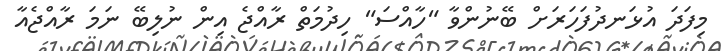
މިފަދަ އުޅަނދުފަހަރަށް ބޭނުންވާ "ހާއްސަ" ހިދުމަތް ރާއްޖެ އިން ނުލިބޭ ނަމަ ރާއްޖެއާ